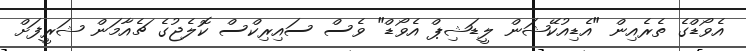
އެވޯޑްގެ ތެރެއިން "އެޑިއުކޭޝަން ލީޑަޝިޕް އެވޯޑް" ވެސް ސައިރިކްސް ކޮލެޖުގެ ޗެއާމަން ޝަރީފަށް